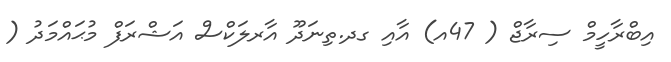
އިބްރާހީމް ސިރާޖް ( 47އ) އާއި ގދ.ތިނަދޫ އާރލަކްސް އަޝްރަފް މުޙައްމަދު (